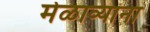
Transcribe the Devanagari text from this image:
मेळाव्यांना